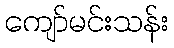
ကျော်မင်းသန်း